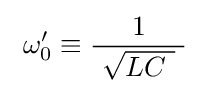
\ \omega '_{0}\equiv {\frac {1}{\ {\sqrt {LC~}}\ }}\